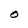
Character: O